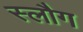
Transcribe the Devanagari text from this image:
स्लौग